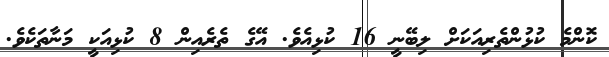
ކޮންމެ ކުޅުންތެރިއަކަށް ލިބޭނީ 16 ކުޅިއެވެ. އޭގެ ތެރެއިން 8 ކުޅިއަކީ މަނާތަކެވެ.